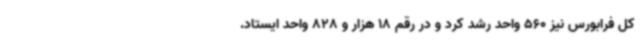
کل فرابورس نیز 560 واحد رشد کرد و در رقم 18 هزار و 828 واحد ایستاد.